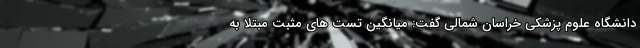
دانشگاه علوم پزشکی خراسان شمالی گفت: میانگین تست های مثبت مبتلا به